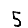
Digit: 5